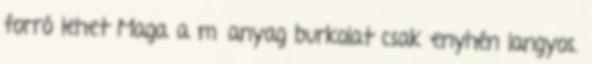
forró lehet Maga a műanyag burkolat csak enyhén langyos.